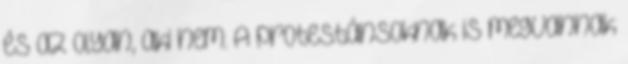
és az olyan, aki nem. A protestánsoknak is megvannak